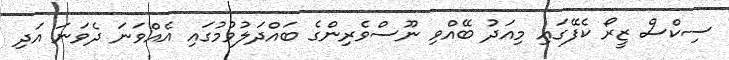
ސިކްސް ޒީރޯ ކެފޭގައި މިއަދު ބޭއްވި ނޫސްވެރިންގެ ބައްދަލުވުމުގައި އެއްވަނަ ދެވަނަ އަދި